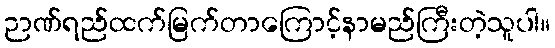
ဉာဏ်ရည်ထက်မြက်တာကြောင့်နာမည်ကြီးတဲ့သူပါ။